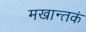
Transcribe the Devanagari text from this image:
मखान्तकं